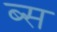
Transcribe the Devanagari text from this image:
ब्स